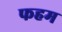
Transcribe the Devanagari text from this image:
फहम